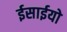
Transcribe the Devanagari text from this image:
ईसाईयो